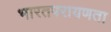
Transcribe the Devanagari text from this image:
भारतपरायणता